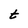
Character: t